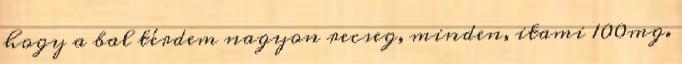
hogy a bal térdem nagyon recseg, minden, itami 100mg.